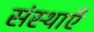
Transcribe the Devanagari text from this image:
संस्थाऍं